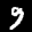
Label: 9